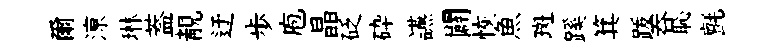
爾鿌琳葢靚迂歩庖晶砭砕讌闢恢魚斑蹊箕䟦吞恥氈